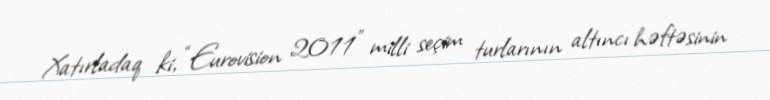
Xatırladaq ki, “Eurovision 2011" milli seçim turlarının altıncı həftəsinin